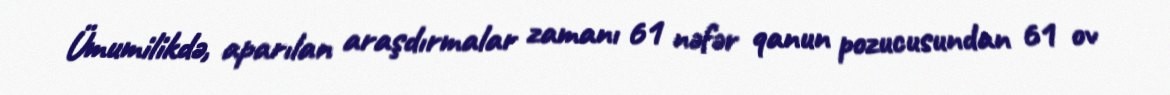
Ümumilikdə, aparılan araşdırmalar zamanı 61 nəfər qanun pozucusundan 61 ov